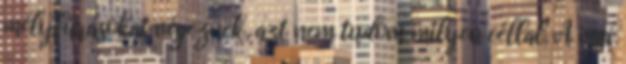
mélyfúrásokat végeznek, azt nem tudom milyen céllal. A mai